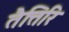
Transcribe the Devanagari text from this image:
तैत्तिरि